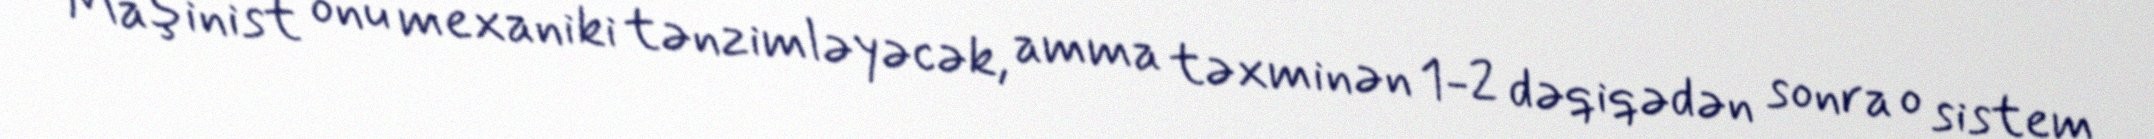
Maşinist onu mexaniki tənzimləyəcək, amma təxminən 1-2 dəqiqədən sonra o sistem